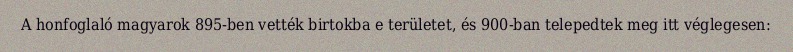
A honfoglaló magyarok 895-ben vették birtokba e területet, és 900-ban telepedtek meg itt véglegesen: